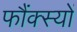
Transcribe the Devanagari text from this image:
फौंक्स्यों